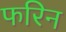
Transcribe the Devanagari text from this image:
फरिन